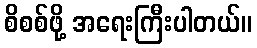
စိစစ်ဖို့ အရေးကြီးပါတယ်။